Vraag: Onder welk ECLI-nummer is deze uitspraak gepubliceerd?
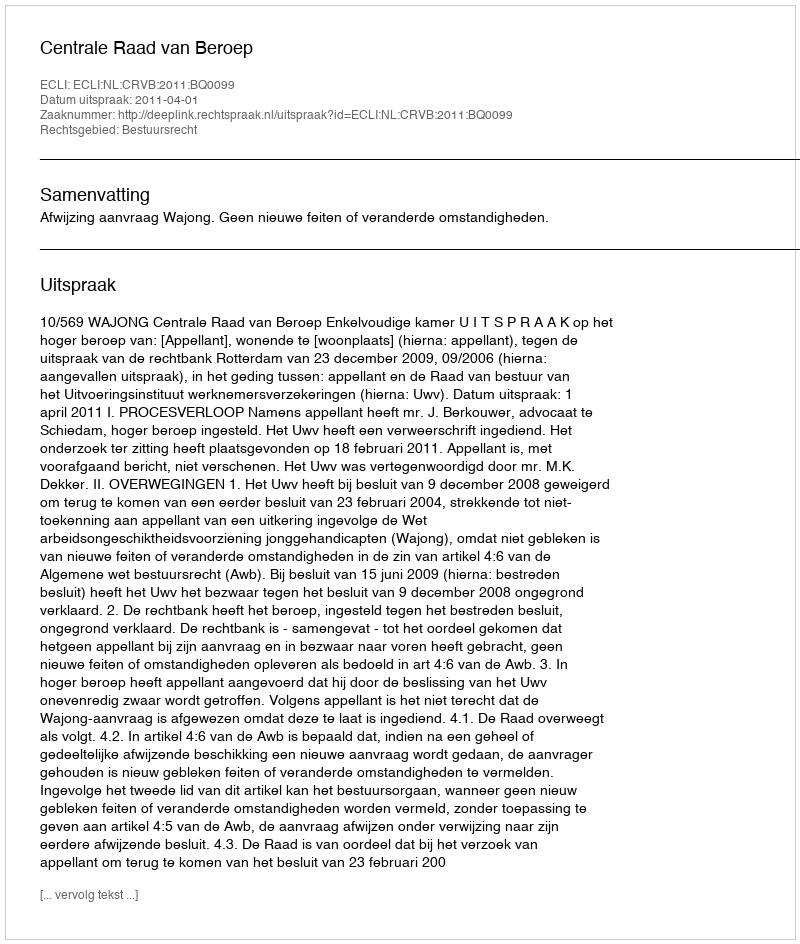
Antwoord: ECLI:NL:CRVB:2011:BQ0099